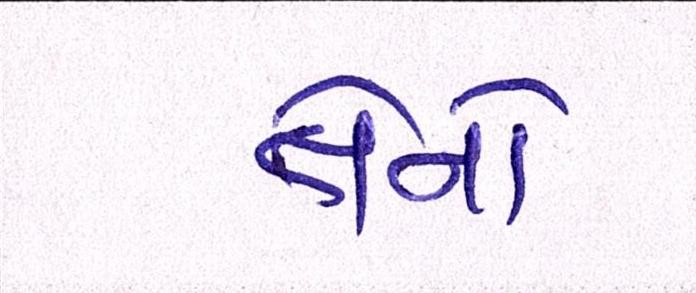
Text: તેનો